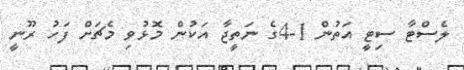
ލެސްޓާ ސިޓީ އަތުން 1-4ގެ ނަތީޖާ އަކުން މޮޅުވި މެޗަށް ފަހު ރޫނީ